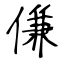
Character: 傔